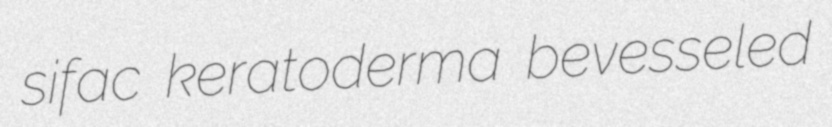
sifac keratoderma bevesseled